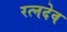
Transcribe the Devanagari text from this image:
रत्नदेव